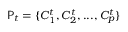
\mathsf { P } _ { t } = \{ C _ { 1 } ^ { t } , C _ { 2 } ^ { t } , . . . , C _ { p } ^ { t } \}